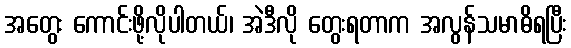
အတွေး ကောင်းဖို့လိုပါတယ်၊ အဲဒီလို တွေးရတာက အလွန်သမာဓိရပြီး